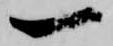
一